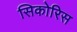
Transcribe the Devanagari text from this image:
सिकोरिस